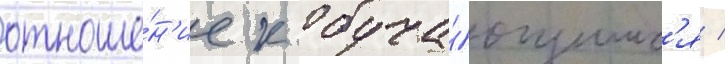
отноше́н'ие к обуча́ющимс'я /